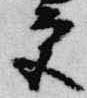
宮